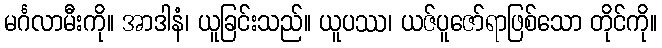
မင်္ဂလာမီးကို။ အာဒါနံ၊ ယူခြင်းသည်။ ယူပဿ၊ ယဇ်ပူဇော်ရာဖြစ်သော တိုင်ကို။